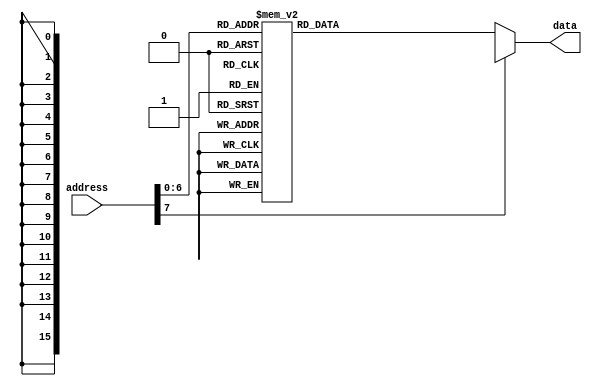
/* Tennis game Program */
// 
module ROM_B(address, data);

input [7:0] address;
output [15:0] data;

wire [7:0] address;
reg [15:0] data;

always @* begin
    
    case (address)
        8'b00000000: data <= 16'b00100010_10000000; // MOV A, 128
        8'b00000001: data <= 16'b00101100_00000000; // OUT A
        8'b00000010: data <= 16'b00000010_00000000; // ADD A, 0 
        8'b00000011: data <= 16'b00101001_00000000; // IN B
        8'b00000100: data <= 16'b00001011_00000011; // AND B, 3
        8'b00000101: data <= 16'b00000011_11111101; // ADD B, 253
        8'b00000110: data <= 16'b00110000_00110111; // JNC 55 
        8'b00000111: data <= 16'b00011100_00000000; // SR A 
        8'b00001000: data <= 16'b00111100_11111010; // SET C, 250
        8'b00001001: data <= 16'b00101100_00000000; // OUT A
        8'b00001010: data <= 16'b00000010_00000000; // ADD A, 0 
        8'b00001011: data <= 16'b00000010_00000000; // ADD A, 0 
        8'b00001100: data <= 16'b00101001_00000000; // IN B   
        8'b00001101: data <= 16'b00001011_00000001; // AND B, 1
        8'b00001110: data <= 16'b00000011_11111111; // ADD B, 255
        8'b00001111: data <= 16'b00110000_00010101; // JNC 21 
        8'b00010000: data <= 16'b00100010_00000000; // MOV A, 0 
        8'b00010001: data <= 16'b00101100_00000000; // OUT A
        8'b00010010: data <= 16'b00100010_11110000; // MOV A, 240
        8'b00010011: data <= 16'b00101100_00000000; // OUT A
        8'b00010100: data <= 16'b00110100_00110110; // JMP 54 
        8'b00010101: data <= 16'b00011100_00000000; // SR A 
        8'b00010110: data <= 16'b00101100_00000000; // OUT A
        8'b00010111: data <= 16'b00111000_00000001; // INC C, 1
        8'b00011000: data <= 16'b00110000_00001100; // JNC 12  
        8'b00011001: data <= 16'b00101001_00000000; // IN B 
        8'b00011010: data <= 16'b00001011_00000001; // AND B, 1
        8'b00011011: data <= 16'b00000011_11111111; // ADD B, 255
        8'b00011100: data <= 16'b00110000_00010000; // JNC 16 0
        8'b00011101: data <= 16'b00011000_00000000; // SL A
        8'b00011110: data <= 16'b00101100_00000000; // OUT A
        8'b00011111: data <= 16'b00111100_11111010; // SET C, 250
        8'b00100000: data <= 16'b00000010_00000000; // ADD A, 0 
        8'b00100001: data <= 16'b00101001_00000000; // IN B  
        8'b00100010: data <= 16'b00001011_00000010; // AND B, 2
        8'b00100011: data <= 16'b00000011_11111111; // ADD B, 255
        8'b00100100: data <= 16'b00110000_00101010; // JNC 42 
        8'b00100101: data <= 16'b00100010_00000000; // MOV A, 0  
        8'b00100110: data <= 16'b00101100_00000000; // OUT A
        8'b00100111: data <= 16'b00100010_00001111; // MOV A, 15
        8'b00101000: data <= 16'b00101100_00000000; // OUT A
        8'b00101001: data <= 16'b00110100_00110110; // JMP 54  
        8'b00101010: data <= 16'b00011000_00000000; // SL A 
        8'b00101011: data <= 16'b00101100_00000000; // OUT A
        8'b00101100: data <= 16'b00111000_00000001; // INC C, 1
        8'b00101101: data <= 16'b00110000_00100001; // JNC 33  
        8'b00101110: data <= 16'b00101001_00000000; // IN B 
        8'b00101111: data <= 16'b00001011_00000010; // AND B, 2
        8'b00110000: data <= 16'b00000011_11111111; // ADD B, 255
        8'b00110001: data <= 16'b00110000_00100101; // JNC 37 0
        8'b00110010: data <= 16'b00011100_00000000; // SR A
        8'b00110011: data <= 16'b00101100_00000000; // OUT A
        8'b00110100: data <= 16'b00111100_11111010; // SET C, 250
        8'b00110101: data <= 16'b00110100_00001100; // JMP 12  
        8'b00110110: data <= 16'b00110100_00110110; // JMP 54 () **********
        // 
        8'b00110111: data <= 16'b00000010_00000000; //  
        8'b00111000: data <= 16'b00000010_00000000; // ADD A, 0
        8'b00111001: data <= 16'b00000010_00000000; // ADD A, 0
        8'b00111010: data <= 16'b00000010_00000000; // ADD A, 0
        8'b00111011: data <= 16'b00000010_00000000; // ADD A, 0
        8'b00111100: data <= 16'b00011100_00000000; // SR A 
        8'b00111101: data <= 16'b00111100_11111010; // SET C, 250
        8'b00111110: data <= 16'b00101100_00000000; // OUT A
        8'b00111111: data <= 16'b00000010_00000000; // ADD A, 0 
        8'b01000000: data <= 16'b00000010_00000000; // ADD A, 0 
        8'b01000001: data <= 16'b00101001_00000000; // IN B   
        8'b01000010: data <= 16'b00001011_00000001; // AND B, 1
        8'b01000011: data <= 16'b00000011_11111111; // ADD B, 255
        8'b01000100: data <= 16'b00110000_01001010; // JNC 74 
        8'b01000101: data <= 16'b00100010_00000000; // MOV A, 0 
        8'b01000110: data <= 16'b00101100_00000000; // OUT A
        8'b01000111: data <= 16'b00100010_11110000; // MOV A, 240
        8'b01001000: data <= 16'b00101100_00000000; // OUT A
        8'b01001001: data <= 16'b00110100_00110110; // JMP 54 
        8'b01001010: data <= 16'b00011100_00000000; // SR A 
        8'b01001011: data <= 16'b00000010_00000000; // ADD A, 0
        8'b01001100: data <= 16'b00000010_00000000; // ADD A, 0
        8'b01001101: data <= 16'b00000010_00000000; // ADD A, 0
        8'b01001110: data <= 16'b00000010_00000000; // ADD A, 0
        8'b01001111: data <= 16'b00000010_00000000; // ADD A, 0
        8'b01010000: data <= 16'b00101100_00000000; // OUT A
        8'b01010001: data <= 16'b00111000_00000001; // INC C, 1
        8'b01010010: data <= 16'b00110000_01000001; // JNC 65  
        8'b01010011: data <= 16'b00000010_00000000; // ADD A, 0
        8'b01010100: data <= 16'b00000010_00000000; // ADD A, 0
        8'b01010101: data <= 16'b00000010_00000000; // ADD A, 0
        8'b01010110: data <= 16'b00000010_00000000; // ADD A, 0
        8'b01010111: data <= 16'b00000010_00000000; // ADD A, 0
        8'b01011000: data <= 16'b00101001_00000000; // IN B 
        8'b01011001: data <= 16'b00001011_00000001; // AND B, 1
        8'b01011010: data <= 16'b00000011_11111111; // ADD B, 255
        8'b01011011: data <= 16'b00110000_01000101; // JNC 69 0
        8'b01011100: data <= 16'b00011000_00000000; // SL A
        8'b01011101: data <= 16'b00101100_00000000; // OUT A
        8'b01011110: data <= 16'b00111100_11111010; // SET C, 250
        8'b01011111: data <= 16'b00000010_00000000; // ADD A, 0 
        8'b01100000: data <= 16'b00101001_00000000; // IN B  
        8'b01100001: data <= 16'b00001011_00000010; // AND B, 2
        8'b01100010: data <= 16'b00000011_11111111; // ADD B, 255
        8'b01100011: data <= 16'b00110000_01101001; // JNC 105 
        8'b01100100: data <= 16'b00100010_00000000; // MOV A, 0  
        8'b01100101: data <= 16'b00101100_00000000; // OUT A
        8'b01100110: data <= 16'b00100010_00001111; // MOV A, 15
        8'b01100111: data <= 16'b00101100_00000000; // OUT A
        8'b01101000: data <= 16'b00110100_00110110; // JMP 54  
        8'b01101001: data <= 16'b00011000_00000000; // SL A 
        8'b01101010: data <= 16'b00000010_00000000; // ADD A, 0
        8'b01101011: data <= 16'b00000010_00000000; // ADD A, 0
        8'b01101100: data <= 16'b00000010_00000000; // ADD A, 0
        8'b01101101: data <= 16'b00000010_00000000; // ADD A, 0
        8'b01101110: data <= 16'b00000010_00000000; // ADD A, 0
        8'b01101111: data <= 16'b00101100_00000000; // OUT A
        8'b01110000: data <= 16'b00111000_00000001; // INC C, 1
        8'b01110001: data <= 16'b00110000_01100000; // JNC 96  
        8'b01110010: data <= 16'b00000010_00000000; // ADD A, 0
        8'b01110011: data <= 16'b00000010_00000000; // ADD A, 0
        8'b01110100: data <= 16'b00000010_00000000; // ADD A, 0
        8'b01110101: data <= 16'b00000010_00000000; // ADD A, 0
        8'b01110110: data <= 16'b00000010_00000000; // ADD A, 0
        8'b01110111: data <= 16'b00101001_00000000; // IN B 
        8'b01111000: data <= 16'b00001011_00000010; // AND B, 2
        8'b01111001: data <= 16'b00000011_11111111; // ADD B, 255
        8'b01111010: data <= 16'b00110000_01100100; // JNC 100 0
        8'b01111011: data <= 16'b00011100_00000000; // SR A
        8'b01111100: data <= 16'b00101100_00000000; // OUT A
        8'b01111101: data <= 16'b00111100_11111010; // SET C, 250
        8'b01111110: data <= 16'b00110100_01000001; // JMP 65  
        default: data <= 16'bxxxxxxxx_xxxxxxxx;
    endcase
end

endmodule